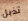
تذبل